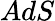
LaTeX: AdS